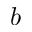
b